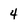
Character: 4